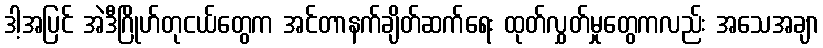
ဒါ့အပြင် အဲဒီဂြိုဟ်တုငယ်တွေက အင်တာနက်ချိတ်ဆက်ရေး ထုတ်လွှတ်မှုတွေကလည်း အသေအချာ